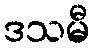
ဒသမီ